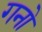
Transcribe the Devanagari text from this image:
गनो